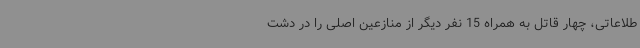
طلاعاتی، چهار قاتل به همراه 15 نفر دیگر از منازعین اصلی را در دشت